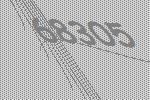
68305